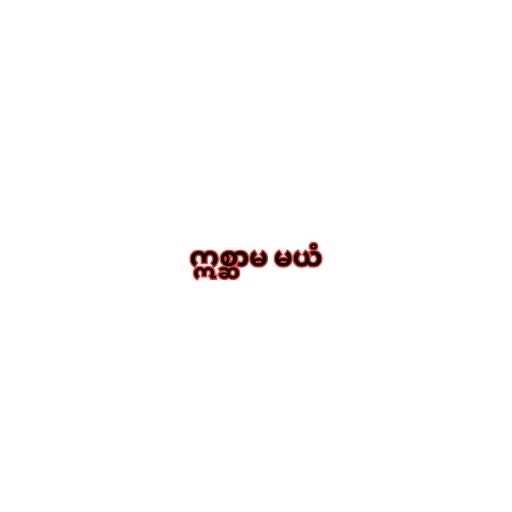
ဣစ္ဆာမ မယံ